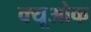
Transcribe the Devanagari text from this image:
क्यूओक